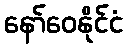
နော်ဝေနိုင်ငံ